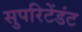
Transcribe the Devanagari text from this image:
सुपरिटेंडंट